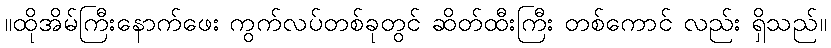
။ထိုအိမ်ကြီးနောက်ဖေး ကွက်လပ်တစ်ခုတွင် ဆိတ်ထီးကြီး တစ်ကောင် လည်း ရှိသည်။